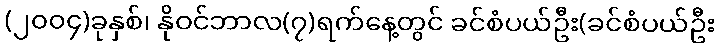
(၂၀၀၄)ခုနှစ်၊ နိုဝင်ဘာလ(၇)ရက်နေ့တွင် ခင်စံပယ်ဦး(ခင်စံပယ်ဦး